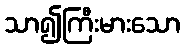
သာ၍ကြီးမားသော